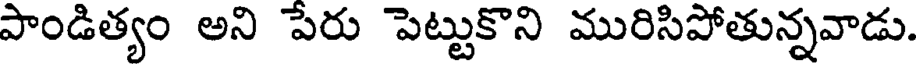
పాండిత్యం అని పేరు పెట్టుకొని మురిసిపోతున్నవాడు.